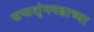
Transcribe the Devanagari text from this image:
सप्तशृंगगडाच्या